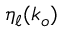
\eta _ { \ell } ( k _ { o } )